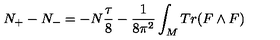
N _ { + } - N _ { - } = - N { \frac { \tau } { 8 } } - { \frac { 1 } { 8 \pi ^ { 2 } } } \int _ { M } T r ( F \wedge F )